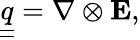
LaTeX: {\underline{{\underline{{q}}}}}=\nabla\otimes\mathbf{E},